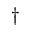
^ \dagger